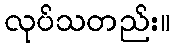
လုပ်သတည်း။